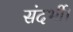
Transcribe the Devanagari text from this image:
संदर्भी।